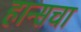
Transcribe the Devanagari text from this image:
हान्सचा